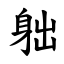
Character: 䠳